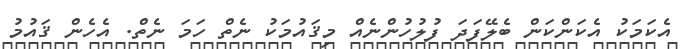
އެކަމަކު އެކަންކަން ބެލޭފަދަ ފުލުހުންނެއް މިޤައުމަކު ނެތް ހަމަ ނެތް. އެހެން ޤައުމު